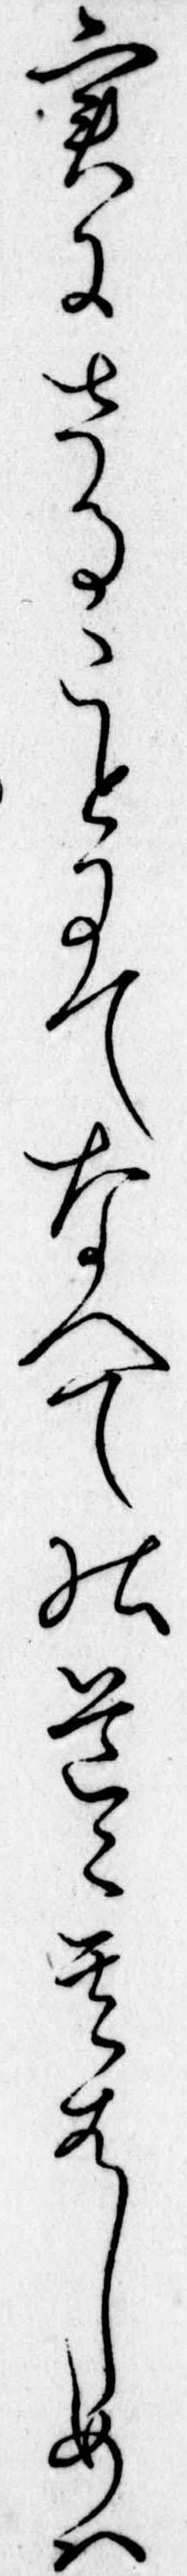
実にさることにてなへての道其はしめは